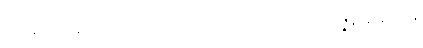
ပါ-၁၅၄၊ ဋ္ဌ-၅၉။ အရိယမဂ္ဂက္ခဏဝသေန ဧကတိံသ ဝိဿဇ္ဇနာနိ နိဒ္ဒိဋ္ဌာနိ